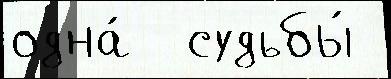
одна́  судьбы́